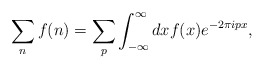
\begin{align*}\sum _{n}f(n)=\sum _{p} \int _{-\infty}^{\infty}dxf(x)e^{-2\pi ipx},\end{align*}